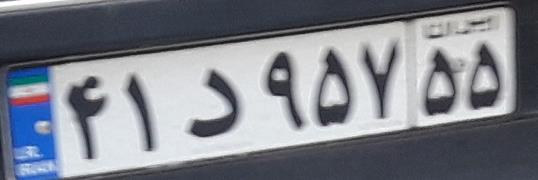
۴۱د۹۵۷۵۵